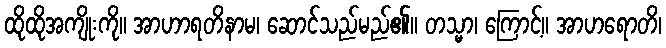
ထိုထိုအကျိုးကို။ အာဟာရတိနာမ၊ ဆောင်သည်မည်၏။ တသ္မာ၊ ကြောင့်။ အာဟရောတိ၊